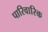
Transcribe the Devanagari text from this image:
पारिवारिक